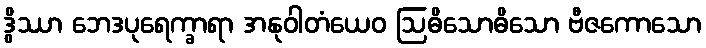
ဒွိဿာ ဘေဒပုရေက္ခာရာ အနုဝါတံယေဝ ဩဓိသောဓိသော ဗီဇကောသော